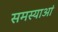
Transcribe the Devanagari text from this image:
समस्याआं